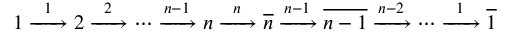
1 \xrightarrow [ \hphantom { n - g } ] { 1 } 2 \xrightarrow [ \hphantom { n - g } ] { 2 } \cdots \xrightarrow [ \hphantom { n - g } ] { n - 1 } n \xrightarrow [ \hphantom { n - g } ] { n } \overline { { n } } \xrightarrow [ \hphantom { n - g } ] { n - 1 } \overline { { n - 1 } } \xrightarrow [ \hphantom { n - g } ] { n - 2 } \cdots \xrightarrow [ \hphantom { n - g } ] { 1 } \overline { { 1 } }